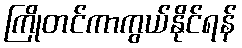
ကြိုတင်ကာကွယ်နိုင်ရန်